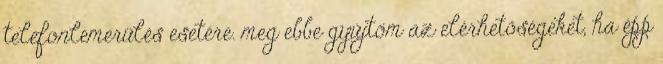
telefonlemerülés esetére. meg ebbe gyűjtöm az elérhetőségeket, ha épp